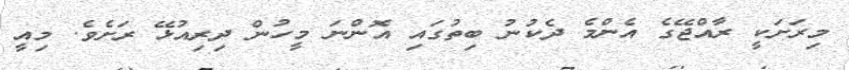
މިރަށަކީ ރާއްޖޭގެ އެންމެ ދެކުނު ބިތުގައި އޮންނަ މީހުން ދިރިއުޅޭ ރަށެވެ. މިއީ